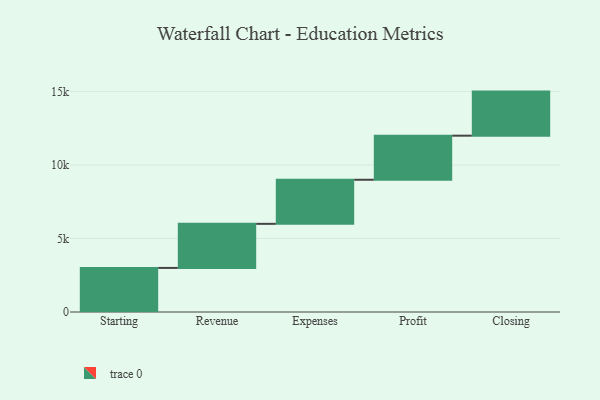
{"axis": {"x": "Step", "y": "Value"}, "legend": [""], "data": [{"x": "Starting", "y": 3000, "type": ""}, {"x": "Revenue", "y": 3000, "type": ""}, {"x": "Expenses", "y": 3000, "type": ""}, {"x": "Profit", "y": 3000, "type": ""}, {"x": "Closing", "y": 3000, "type": ""}]}